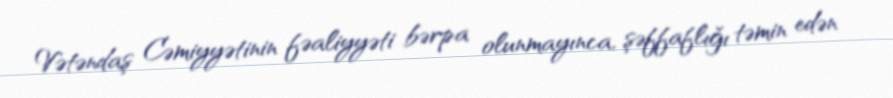
Vətəndaş Cəmiyyətinin fəaliyyəti bərpa olunmayınca, şəffaflığı təmin edən